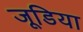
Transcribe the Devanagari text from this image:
जूडिया